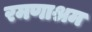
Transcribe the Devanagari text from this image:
रमणाश्रम